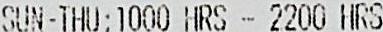
SUN-THU:1000 HRS - 2200 HRS